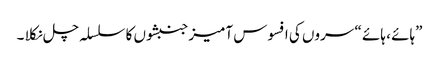
”ہائے ، ہائے “ سروں کی افسوس آمیز جنبشوں کا سلسلہ چل نکلا ۔